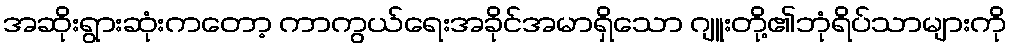
အဆိုးရွားဆုံးကတော့ ကာကွယ်ရေးအခိုင်အမာရှိသော ဂျူးတို့၏ဘုံရိပ်သာများကို